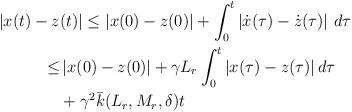
LaTeX: \begin{align*}\begin{aligned}|x(t)-z&(t)| \le |x(0)-z(0)|+\int_0^t \left| \dot{x}(\tau)-\dot{z}(\tau) \right| \,d\tau\\\le &\, |x(0)-z(0)|+ \gamma L_r \int_0^t |x(\tau)-z(\tau)| \,d\tau\\&+ \gamma^2 \bar k(L_r,M_r, \delta) t\end{aligned}\end{align*}